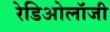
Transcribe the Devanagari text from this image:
रेडिओलॉजी